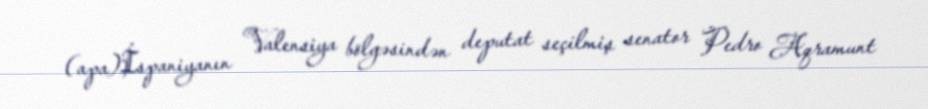
(apa)İspaniyanın Valensiya bölgəsindən deputat seçilmiş senator Pedro Aqramunt